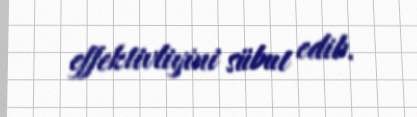
effektivliyini sübut edib.